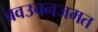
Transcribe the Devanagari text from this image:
बवउचनजमत